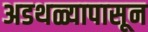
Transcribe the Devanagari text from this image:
अडथळ्यापासून